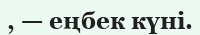
, — еңбек күні.